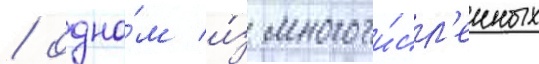
/ одно́м и́з многочи́сл'енных